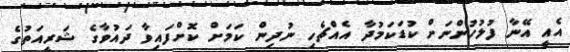
އެއީ އޭނާ ފުލުހުންނަށް ކުޑަކަމުދާ އެއްޗެހި ނުދިން ކަމަށް ކޮށްފައިވާ ދައުވާގެ ޝަރީއަތުގެ